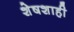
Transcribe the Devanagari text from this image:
शेषशाही